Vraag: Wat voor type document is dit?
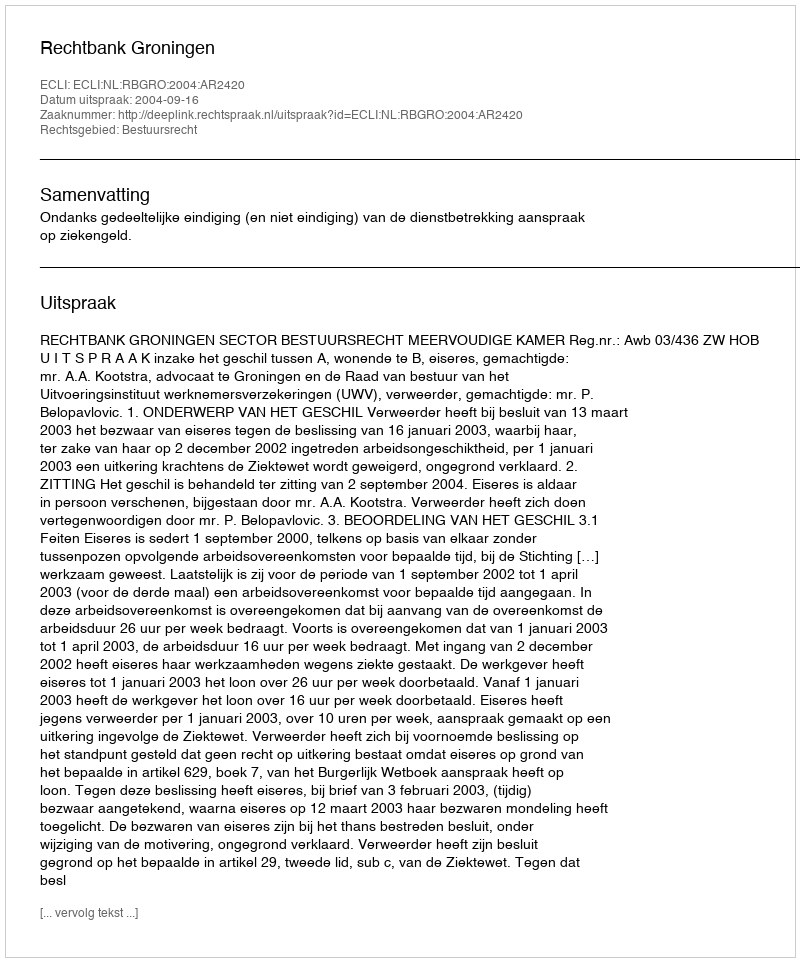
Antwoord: Uitspraak